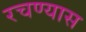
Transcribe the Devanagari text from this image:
रचण्यास